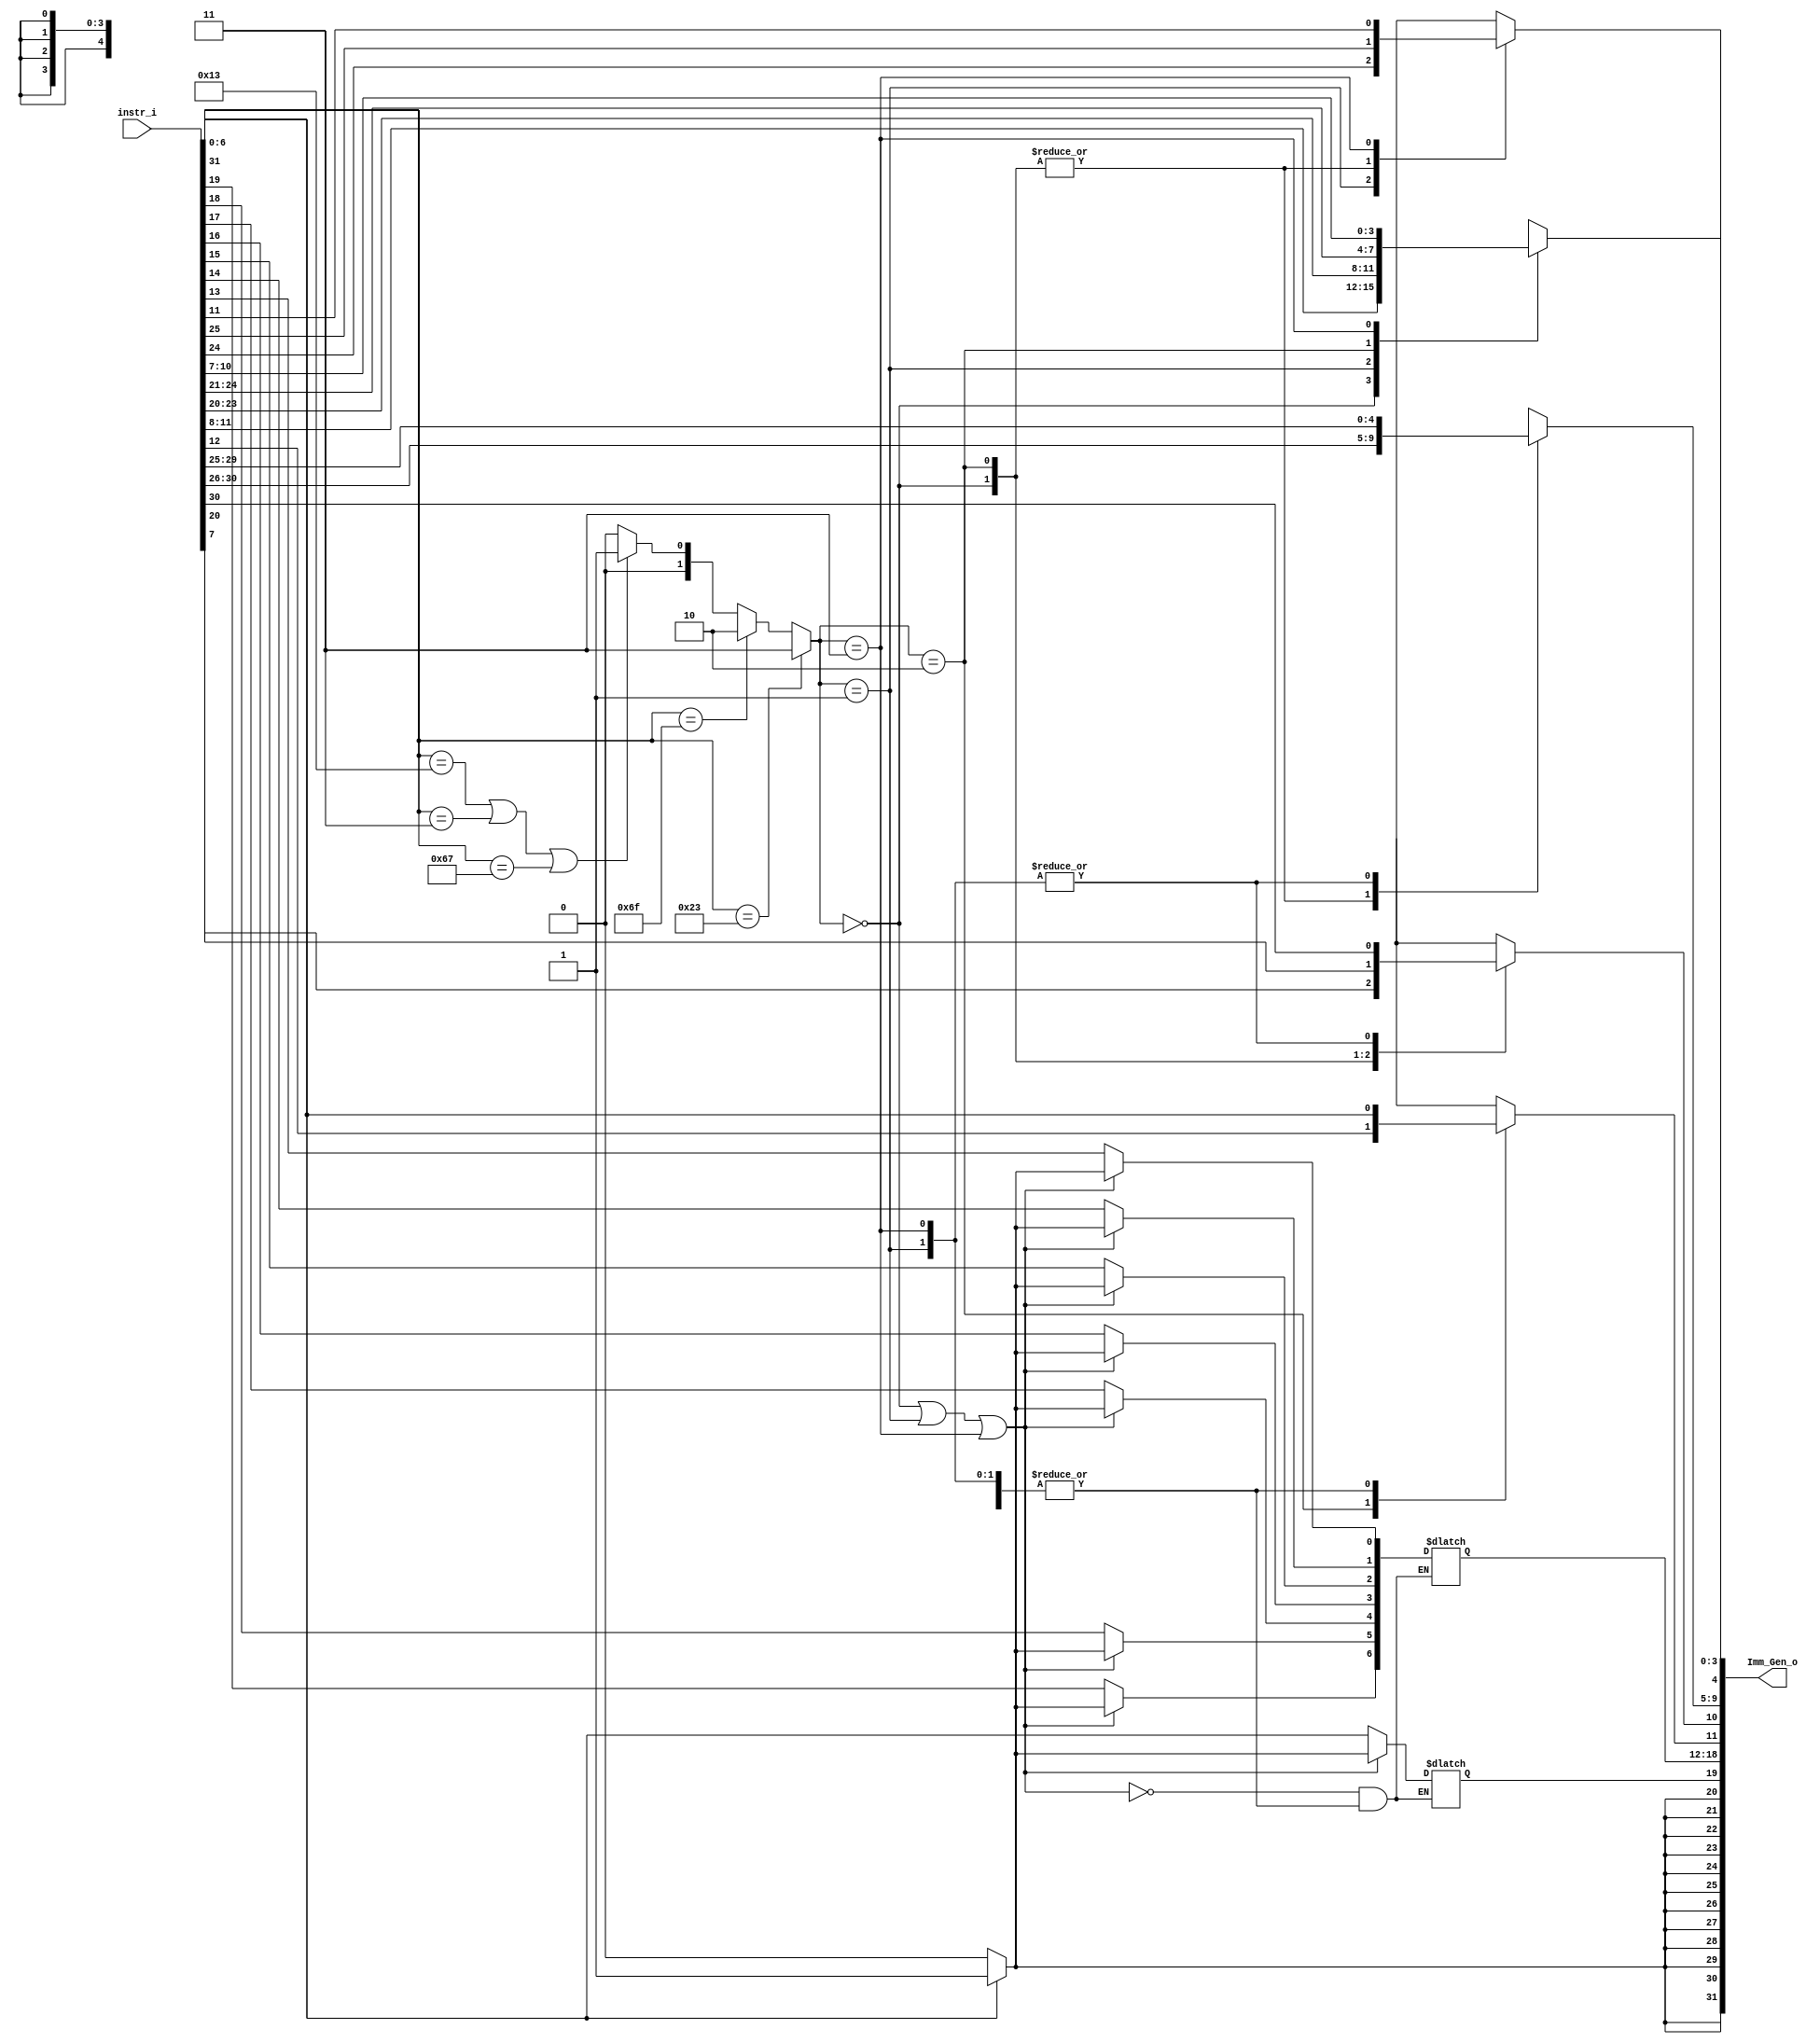
/***************************************************
Student Name: 
Student ID: 0511226
***************************************************/

`timescale 1ns/1ps

module Imm_Gen(
	input  [31:0] instr_i,
	output [31:0] Imm_Gen_o
	);

/* Write your code HERE */
reg [31:0] Imm_Gen;
wire [1:0] Type;
integer i;
assign Type = (instr_i[6:0]==7'b0100011)   ? 2'b11 :  //S-type(SW)	     => Type=3
	      (instr_i[6:0]==7'b1101111)   ? 2'b10 :  //UJ-type(jal)          => Type=2
	      ((instr_i[6:0]==7'b0010011) ||         //I-type(arithmetic)    => Type=1
	       (instr_i[6:0]==7'b0000011) ||	     //I-type(LW)	     => Type=1
	       (instr_i[6:0]==7'b1100111)) ? 2'b01 :  //I-type(jalr)          => Type=1    
				             2'b00 ;  //B-type(1100011) => Type=0

always@(*)begin
  case (Type)
    0: begin //B-type
       Imm_Gen[3:0] = instr_i[11:8];  
       Imm_Gen[9:4] = instr_i[30:25];
       Imm_Gen[10]  = instr_i[7];
       Imm_Gen[11]  = instr_i[31];
       end
    1: begin //I-type: arithmetic, lw
       Imm_Gen[11:0] = instr_i[31:20];
       end
    2: begin  //JAL
       Imm_Gen[9:0]   = instr_i[30:21];
       Imm_Gen[10]    = instr_i[20];
       Imm_Gen[18:11] = instr_i[19:12];
       Imm_Gen[19]    = instr_i[31];
       end
    3: begin
       Imm_Gen[11:5]  = instr_i[31:25];
       Imm_Gen[4:0]   = instr_i[11:7];
       end
  endcase
  if(Type==0 || Type==1 || Type==3) //B-type, I-type, S-type
	for(i=12; i<32; i=i+1)
		if(instr_i[31]==0)
			Imm_Gen[i] = 0; //immd>0
		else
			Imm_Gen[i] = 1; //immd<0

  else				    //UJ-type(jal)
	for(i=20; i<32; i=i+1)
		if(instr_i[31]==0)
			Imm_Gen[i] = 0; //immd>0
		else
			Imm_Gen[i] = 1; //immd<0	
end

assign Imm_Gen_o = Imm_Gen;

endmodule